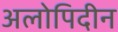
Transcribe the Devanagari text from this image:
अलोपिदीन